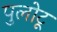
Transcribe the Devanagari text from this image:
पुलोटू